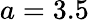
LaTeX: a=3.5